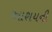
આશયની